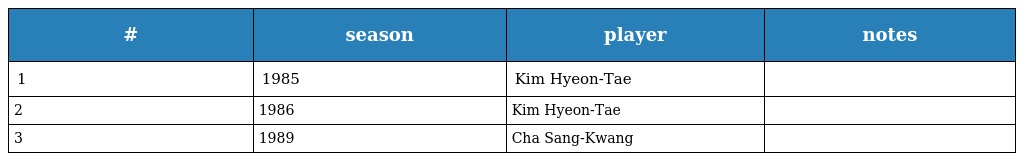
| # | season | player | notes |
 | --- | --- | --- | --- |
 | 1 | 1985 | Kim Hyeon-Tae |  |
 | 2 | 1986 | Kim Hyeon-Tae |  |
 | 3 | 1989 | Cha Sang-Kwang |  |